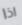
اذا